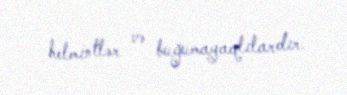
helmintlər və buğumayaqlılardır.